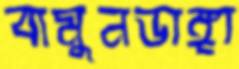
বামুনডাঙ্গা